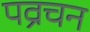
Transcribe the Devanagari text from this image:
पव्रचन